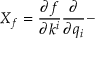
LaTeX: X _ { f } = \frac { \partial f } { \partial k ^ { i } } \frac { \partial } { \partial q _ { i } } -